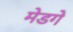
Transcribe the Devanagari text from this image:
मेडगे